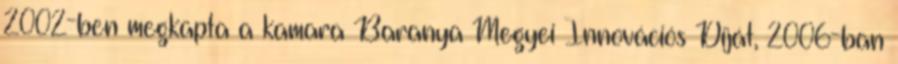
2002-ben megkapta a kamara Baranya Megyei Innovációs Díját, 2006-ban